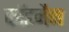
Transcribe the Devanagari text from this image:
कॉडमैन